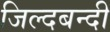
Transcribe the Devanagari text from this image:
जिल्दबन्दी